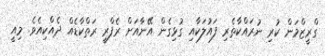
ގްރީޒްމަން ކުރި ނުރައްކާތެރި ފައުލަކާއި ގުޅިގެން އޭނާއަށް ރެފްރީ ރަތްކާޑެއް ދެއްކިއެވެ. މިއީ